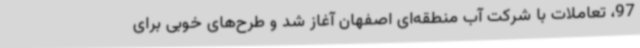
97، تعاملات با شرکت آب منطقه‌ای اصفهان آغاز شد و طرح‌های خوبی برای